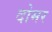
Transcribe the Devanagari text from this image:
दोमर